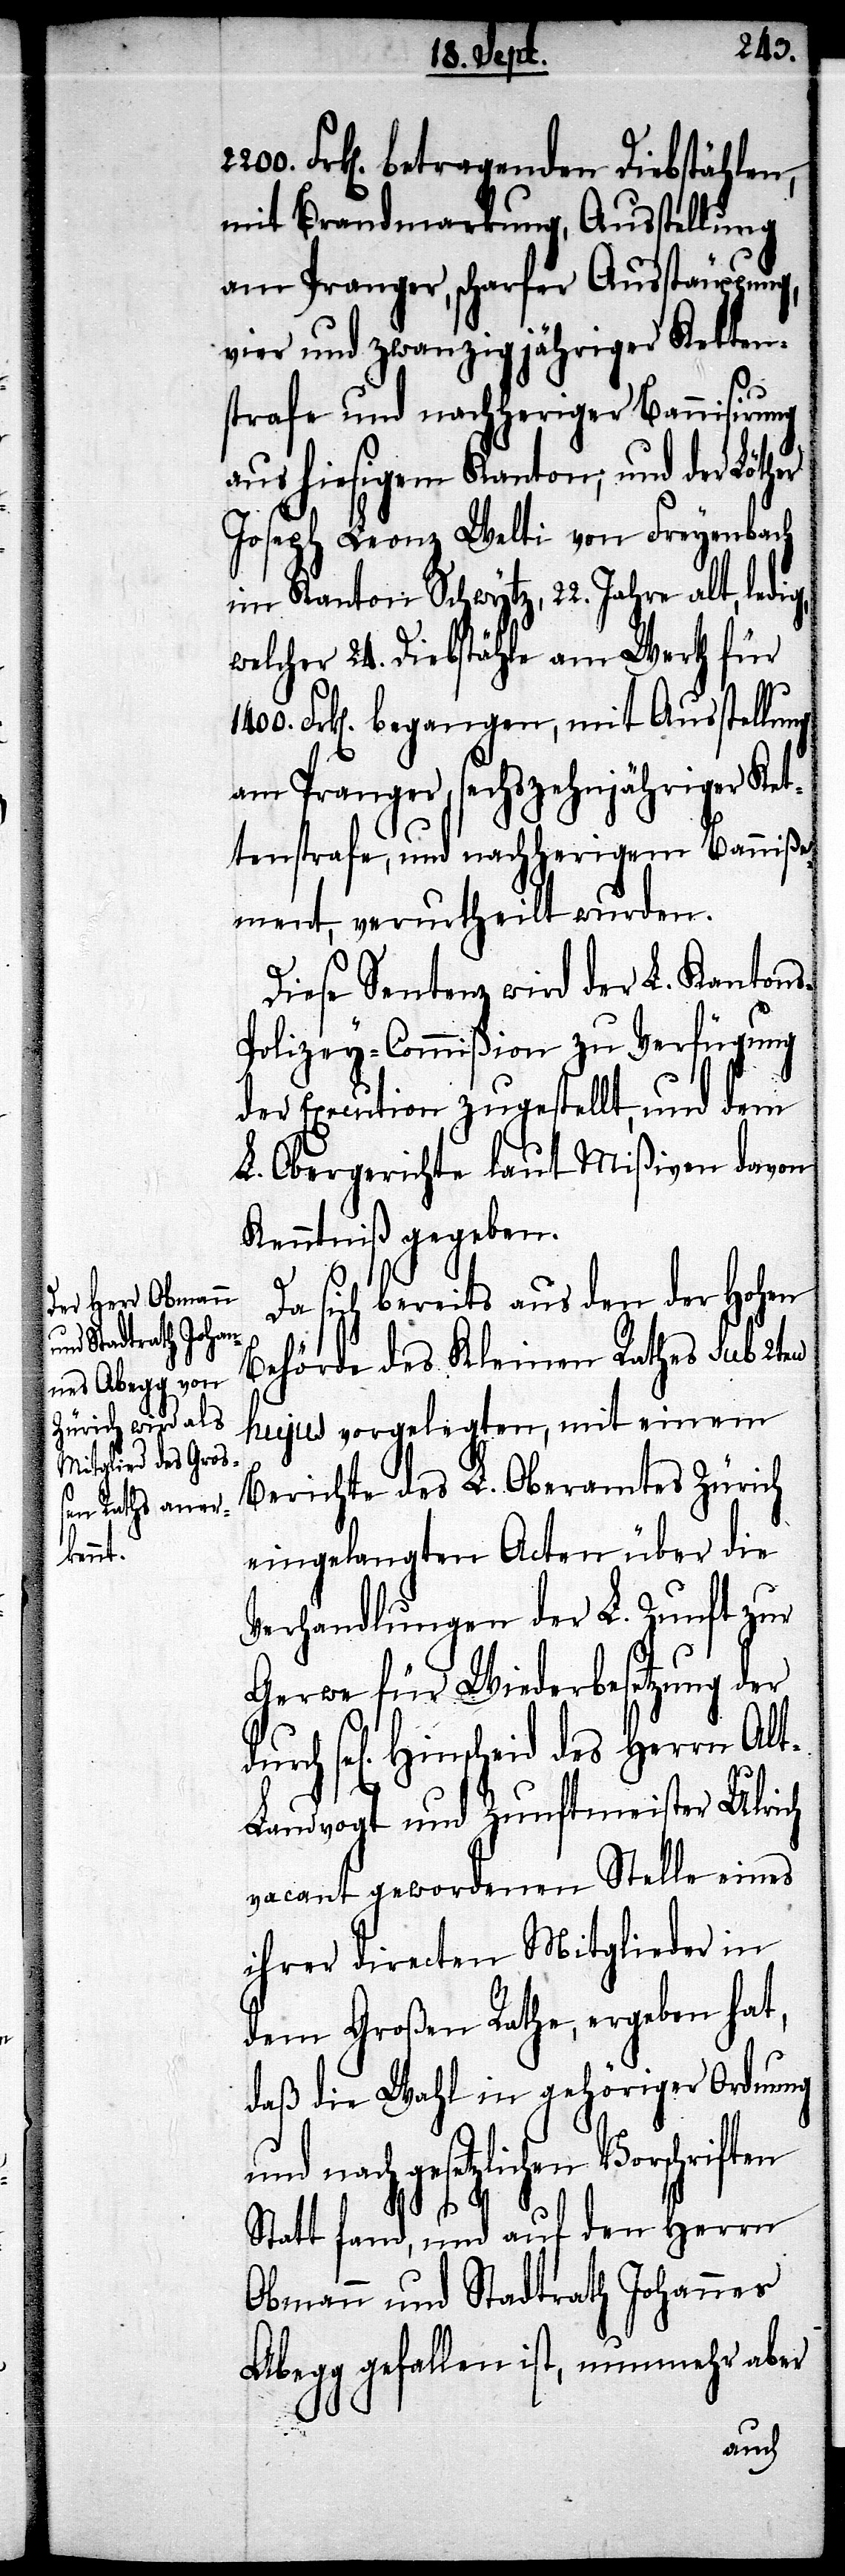
s-P¬

Frk[en]. betragenden Diebstählen,
mit Brandmarkung, Ausstellung
am Pranger, scharfer Ausstäuppung,
vier und zwanzigjähriger Ketten¬
strafe und nachheriger Bannisirung
aus hiesigem Kanton; und der Löther
Joseph Leonz Welti von Freyenbach
im Kanton Schwytz, 22. Jahre alt,
welcher 24. Diebstähle am Werth für
Frk[en]. begangen; mit Ausstellung
am Pranger, sechzehnjähriger Ket¬
tenstrafe, und nachherigem Banniße¬
ment, verurtheilt wurden.
Diese Sentenz wird der L. Kanton¬
olizey-Commißion zu Verfügung
der Execution zugestellt, und dem
L. Obergerichte laut Mißiven davon
Kenntniß gegeben.
Da sich bereits aus den der Hohen
Behörde des Kleinen Rathes sub 2ten
hujus vorgelegten, mit einem
Berichte des L. Oberamtes Zürich
eingelangten Acten über die
Verhandlungen der L. Zunft zur
Gerwe für Wiederbesetzung der
sel[igen] Hinschied des Herrn Al¬
t-Landvogt und Zunftmeister Ulrich
vacant gewordenen Stelle eines
ihrer directen Mitglieder in
dem Großen Rathe, ergeben hat,
daß die Wahl in gehöriger Ordnung
gesetzlichen Vorschriften
Statt fand, und auch den Herrn
Obmann und Stadtrath Johannes
Abegg gefallen ist, nunmehr aber
durch